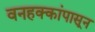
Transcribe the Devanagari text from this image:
वनहक्कांपासून